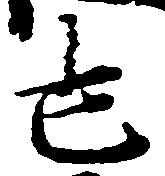
也